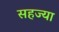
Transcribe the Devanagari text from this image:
सहज्या